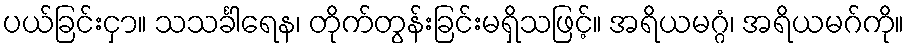
ပယ်ခြင်းငှာ။ သသင်္ခါရေန၊ တိုက်တွန်းခြင်းမရှိသဖြင့်။ အရိယမဂ္ဂံ၊ အရိယမဂ်ကို။